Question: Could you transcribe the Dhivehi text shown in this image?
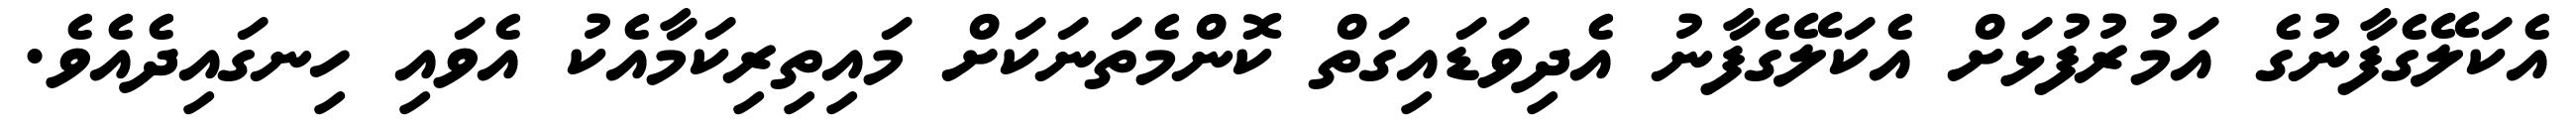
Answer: އެކަލޭގެފާނުގެ އަމުރުފުޅަށް އެކަލޭގެފާނު އެދިވަޑައިގަތް ކޮންމެތަނަކަށް މައިތިރިކަމާއެކު އެވައި ހިނގައިދެއެވެ.